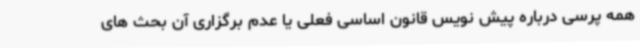
همه پرسی درباره پیش نویس قانون اساسی فعلی یا عدم برگزاری آن بحث های